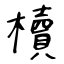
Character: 櫝